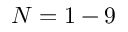
N = 1 - 9